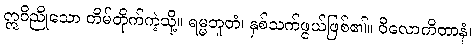
ဣဝိညိုသော တိမ်တိုက်ကဲ့သို့။ ရမ္မဘူတံ၊ နှစ်သက်ဖွယ်ဖြစ်၏။ ဝိလောကိတာနံ၊